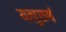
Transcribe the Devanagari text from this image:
यत्पुरुषं